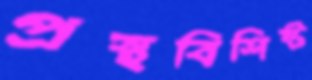
প্রস্থবিশিষ্ট